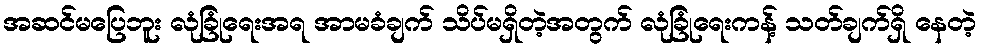
အဆင်မပြေဘူး လုံခြုံရေးအရ အာမခံချက် သိပ်မရှိတဲ့အတွက် လုံခြုံရေးကန့် သတ်ချက်ရှိ နေတဲ့